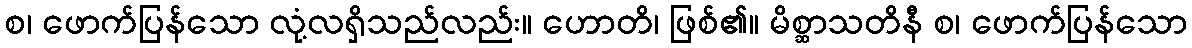
စ၊ ဖောက်ပြန်သော လုံ့လရှိသည်လည်း။ ဟောတိ၊ ဖြစ်၏။ မိစ္ဆာသတိနီ စ၊ ဖောက်ပြန်သော